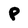
Character: P